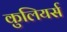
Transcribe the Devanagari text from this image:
कुलियर्स